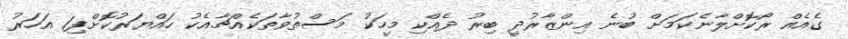
ގެއެއް ރޯކޮށްލާނެކަމަށް ބުނެ އިންޒާރުދީ ބިރު ދެއްކި މީހަކު މަސްތުވާތަކެއްޗާއެކު ހައްޔަރުކޮށްފި1 އަހަރު